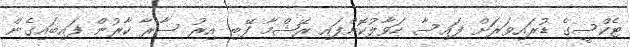
ޓެކްސީގެ ޑުރައިވަރަށް ފައިސާ ހަވާލުކޮށްފައި ރޭޝްމާ ފޭބި އިރު ސާރާ ކާރުން ފައިބައިގެން